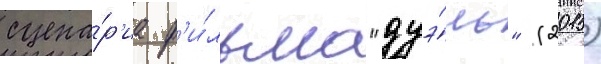
сцена́р'иа ф'и́льма "дуэ́ль" (2015)